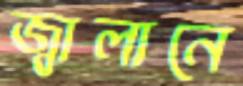
জ্বালানে